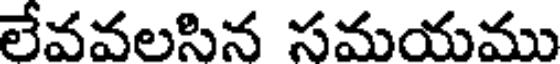
లేవవలసిన సమయము